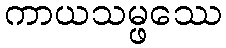
ကာယသမ္ဖဿေ